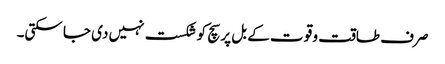
صرف طاقت و قو ت کے بل پر سچ کو شکست نہیں دی جا سکتی۔